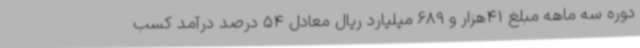
دوره سه ماهه مبلغ 41هزار و 689 میلیارد ریال معادل 54 درصد درآمد کسب